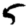
Digit: 5